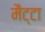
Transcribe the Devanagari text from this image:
मैट्टा